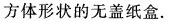
方体形状的无盖纸盒。